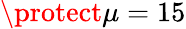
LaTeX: \protect\mu=15